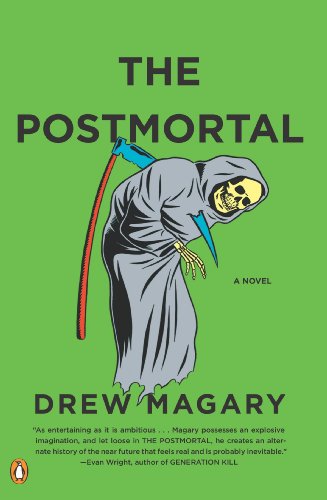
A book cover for The Postmortal; Drew Magary; Science Fiction & Fantasy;